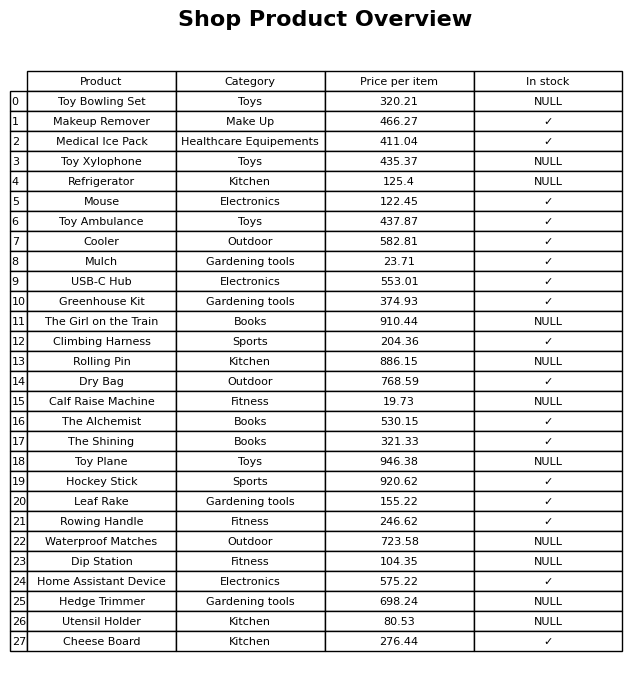
question: What is the price of the Cheese Board?
answer: The price of Cheese Board is 276.44.